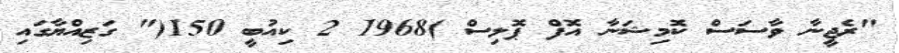
"ރެޖީނާ ވާސަސް ކޮމިޝަނާ އޮފް ޕޮލިސް )1968 2 ކިއުބީ 150(" ގަޒިއްޔާގައި